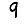
Digit: 9